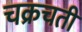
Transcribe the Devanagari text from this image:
चक्रचती